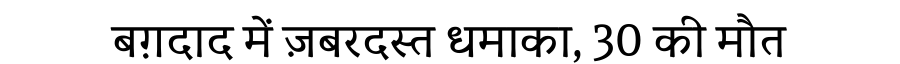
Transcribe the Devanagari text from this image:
बग़दाद में ज़बरदस्त धमाका, 30 की मौत